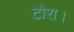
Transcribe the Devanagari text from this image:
टोरा।